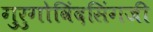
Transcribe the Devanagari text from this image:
गुरुगोविंदसिंगजी